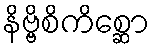
နိဗ္ဗိစိကိစ္ဆော